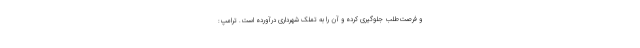
و فرصت‌طلب جلوگیری کرده و آن را به تملک شهرداری درآورده است. ترامپ: